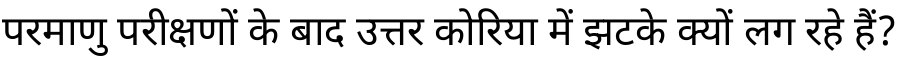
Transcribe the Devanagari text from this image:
परमाणु परीक्षणों के बाद उत्तर कोरिया में झटके क्यों लग रहे हैं?